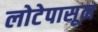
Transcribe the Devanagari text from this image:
लोटेपासून